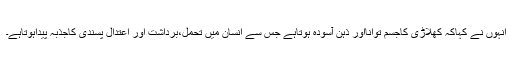
انہوں نے کہاکہ کھلاڑی کاجسم توانااور ذہن آسودہ ہوتاہے جس سے انسان میں تحمل،برداشت اور اعتدال پسندی کاجذبہ پیداہوتاہے۔